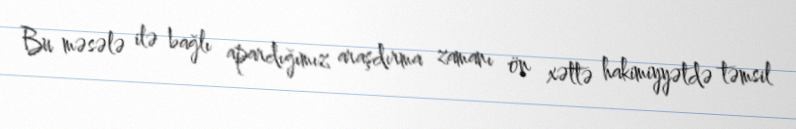
Bu məsələ ilə bağlı apardığımız araşdırma zamanı ön xəttə hakimiyyətdə təmsil